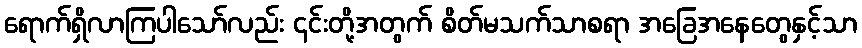
ရောက်ရှိလာကြပါသော်လည်း ၎င်းတို့အတွက် စိတ်မသက်သာစရာ အခြေအနေတွေနှင့်သာ